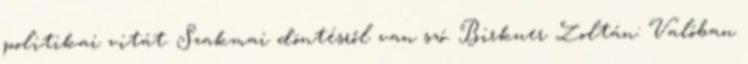
politikai vitát. Szakmai döntésről van szó. Birkner Zoltán: Valóban